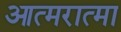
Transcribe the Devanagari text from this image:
आत्मरात्मा